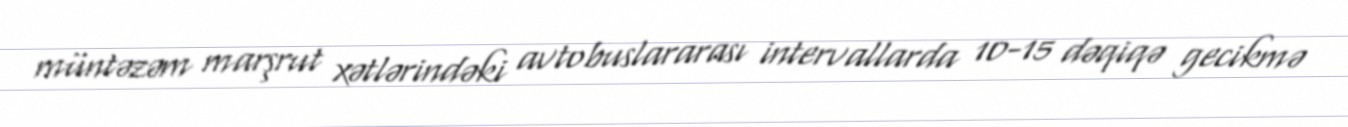
müntəzəm marşrut xətlərindəki avtobuslararası intervallarda 10-15 dəqiqə gecikmə